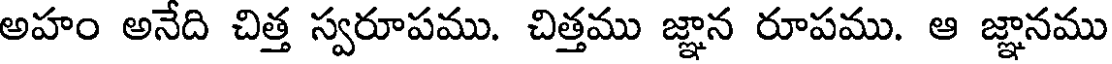
అహం అనేది చిత్త స్వరూపము. చిత్తము జ్ఞాన రూపము. ఆ జ్ఞానము